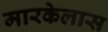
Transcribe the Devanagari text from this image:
मारकेलास